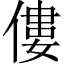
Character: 僂